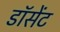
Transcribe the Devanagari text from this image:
डॉसेंट